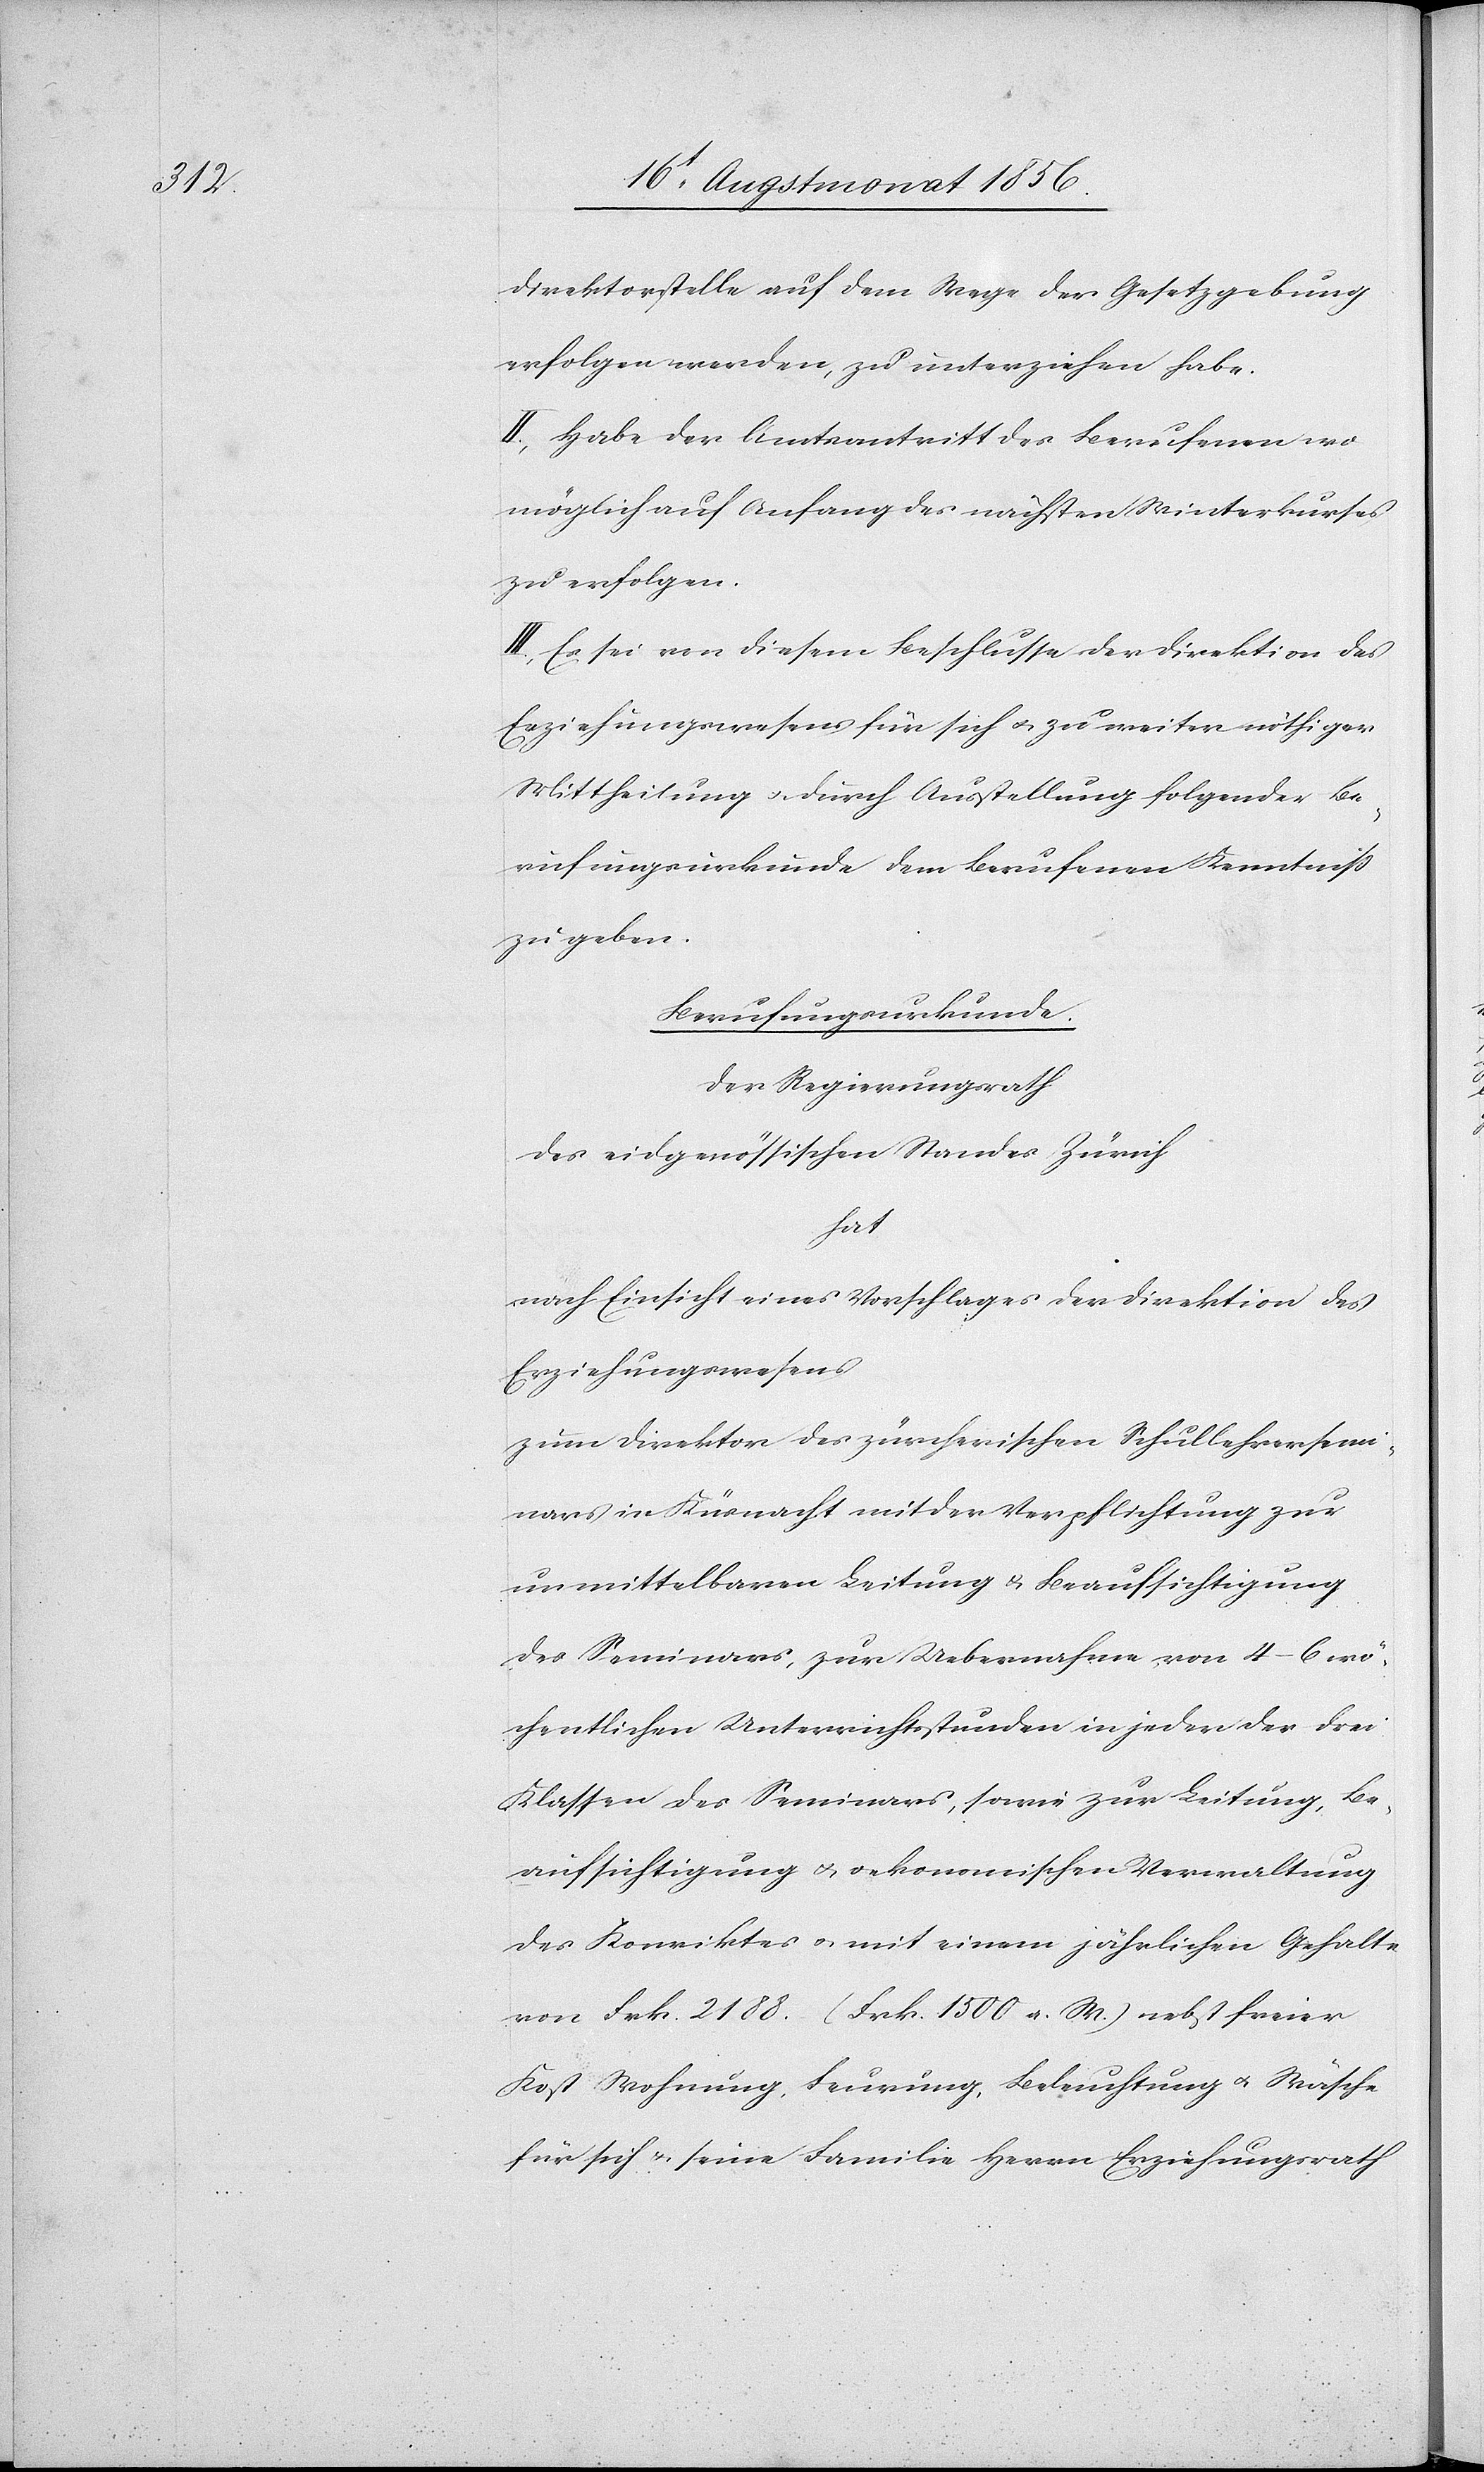
direktorstelle auf dem Wege der Gesetzgebung
erfolgen werden, zu unterziehen habe.
II.) Habe der Amtsantritt des Berufenen wo
möglich auf Anfang des nächsten Winterkurses
zu erfolgen.
III.) Es sei von diesem Beschlusse der Direktion des
Erziehungswesens für sich u. zu weiter nöthiger
Mittheilung u. durch Ausstellung folgender Be¬
rufungsurkunde dem Berufenen Kenntniss
zu geben.
Berufungsurkunde.
Der Regierungsrath
des eidgenössischen Standes Zürich
hat
nach Einsicht eines Vorschlages der Direktion des
Erziehungswesens
zum Direktor des zürcherischen Schullehrersemi¬
nars in Küsnacht mit der Verpflichtung zur
unmittelbaren Leitung & Beaufsichtigung
des Seminars, zur Uebernahme von 4–6 wö¬
chentlichen Unterrichtsstunden in jeder der drei
Klassen des Seminars, sowie zur Leitung, Be¬
aufsichtigung u. oekonomischen Verwaltung
des Konviktes u. mit einem jährlichen Gehalte
von Frk. 2188. (Frk. 1500 a. W.) nebst freier
Kost Wohnung, Feurung, Beleuchtung u. Wäsche
für sich & seine Familie Herrn Erziehungsrath